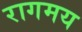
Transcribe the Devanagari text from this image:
रागमय